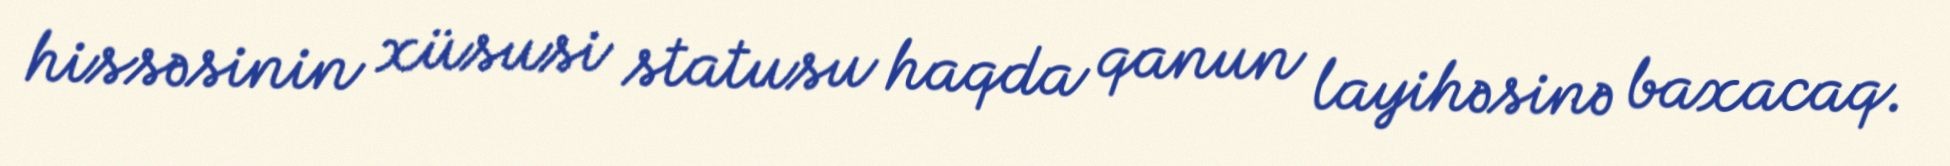
hissəsinin xüsusi statusu haqda qanun layihəsinə baxacaq.